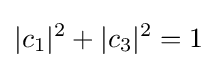
|c_{1}|^{2}+|c_{3}|^{2}=1